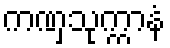
ကဏှသုက္ကာနံ